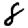
Digit: 8